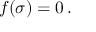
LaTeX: f ( { \boldsymbol { \sigma } } ) = 0 \, .